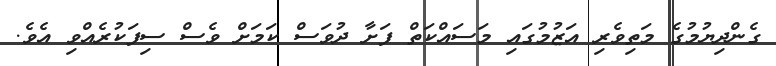
ގެންދިޔުމުގެ މަތިވެރި އަޒުމުގައި މަސައްކަތް ފަށާ ދުވަސް ކަމަށް ވެސް ސިފަކުރެއްވި އެވެ.